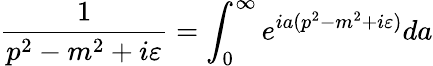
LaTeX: \frac{1}{p^{2}-m^{2}+i\varepsilon}=\int_{0}^{\infty}e^{ia(p^{2}-m^{2}+i\varepsilon)}da